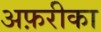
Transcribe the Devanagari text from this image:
अफ़रीका